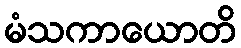
မံသကာယောတိ